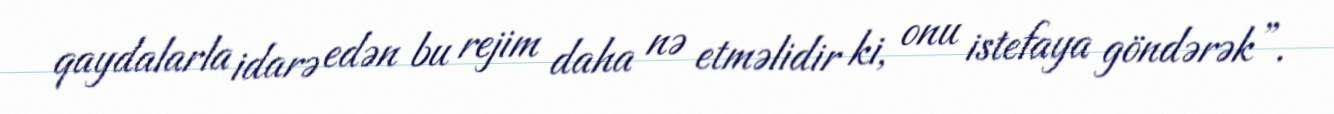
qaydalarla idarə edən bu rejim daha nə etməlidir ki, onu istefaya göndərək”.